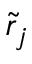
\tilde { r } _ { j }